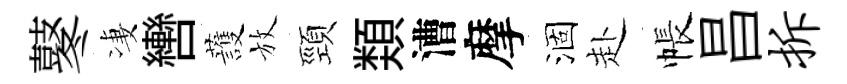
鼕凄轡䕶放頸𩔖漕摩涸赴帳昌拆